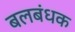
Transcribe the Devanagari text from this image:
बलबंधक